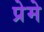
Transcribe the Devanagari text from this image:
प्रेमे